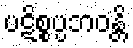
ပဋိစ္စပ္ပဘဝန္တိ